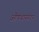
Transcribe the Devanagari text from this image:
ओषथास्पंदन